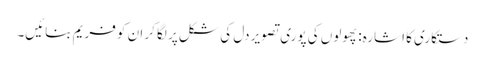
دستکاری کا اشارہ: پھولوں کی پوری تصویر دل کی شکل پر لگا کر ان کو فریم بنائیں۔